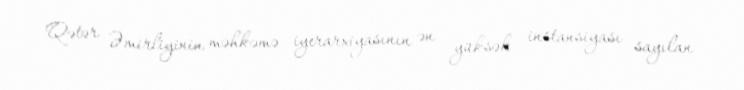
Qətər Əmirliyinin məhkəmə iyerarxiyasının ən yüksək instansiyası sayılan